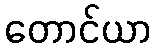
တောင်ယာ